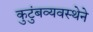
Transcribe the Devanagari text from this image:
कुटुंबव्यवस्थेने